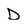
Character: D